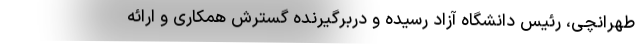
طهرانچی، رئیس دانشگاه آزاد رسیده و دربرگیرنده گسترش همکاری و ارائه